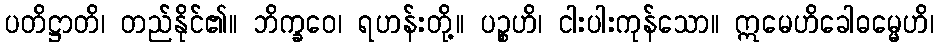
ပတိဋ္ဌာတိ၊ တည်နိုင်၏။ ဘိက္ခဝေ၊ ရဟန်းတို့။ ပဉ္စဟိ၊ ငါးပါးကုန်သော။ ဣမေဟိခေါဓမ္မေဟိ၊